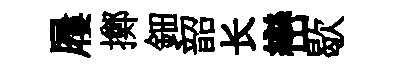
屨擲鈿韶长巒歇